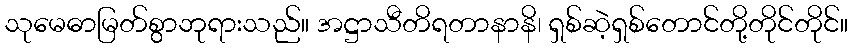
သုမေဓာမြတ်စွာဘုရားသည်။ အဋ္ဌာသီတိရတာနာနိ၊ ရှစ်ဆဲ့ရှစ်တောင်တို့တိုင်တိုင်။